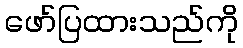
ဖော်ပြထားသည်ကို